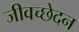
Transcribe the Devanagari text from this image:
जीवच्छेदन